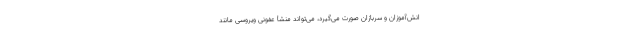
انش‌آموزان و سربازان صورت می‌گیرد، می‌تواند منشأ عفونی ویروسی مانند